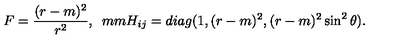
F = \frac { ( r - m ) ^ { 2 } } { r ^ { 2 } } , \hspace * { 5 m m } H _ { i j } = d i a g ( 1 , ( r - m ) ^ { 2 } , ( r - m ) ^ { 2 } \sin ^ { 2 } \theta ) .